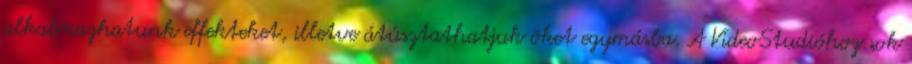
alkalmazhatunk effekteket, illetve átúsztathatjuk õket egymásba. A VideoStudióhoz sok